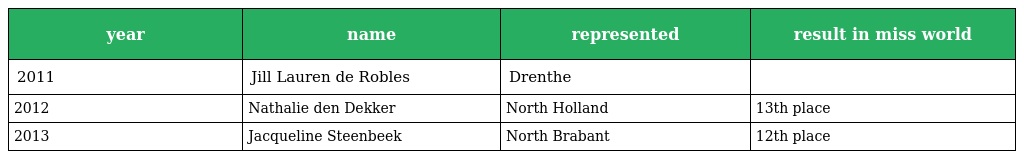
| year | name | represented | result in miss world |
 | --- | --- | --- | --- |
 | 2011 | Jill Lauren de Robles | Drenthe |  |
 | 2012 | Nathalie den Dekker | North Holland | 13th place |
 | 2013 | Jacqueline Steenbeek | North Brabant | 12th place |